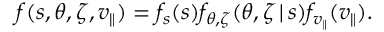
f ( s , \theta , \zeta , v _ { \parallel } ) = f _ { s } ( s ) f _ { \theta , \zeta } ( \theta , \zeta \, | \, s ) f _ { v _ { \parallel } } ( v _ { \parallel } ) .